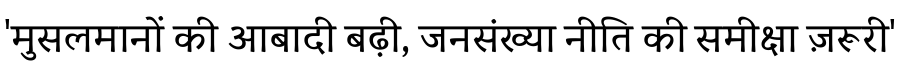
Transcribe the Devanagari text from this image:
'मुसलमानों की आबादी बढ़ी, जनसंख्या नीति की समीक्षा ज़रूरी'